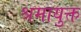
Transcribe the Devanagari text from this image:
श्रमायुक्त